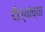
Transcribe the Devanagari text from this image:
दौर्‍यांच्या